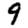
Digit: 9